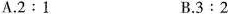
A.$$2:1$$ B.$$3:2$$